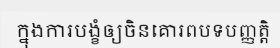
ក្នុងការបង្ខំឲ្យចិនគោរពបទបញ្ញត្តិ